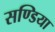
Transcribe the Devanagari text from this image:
सण्डिया